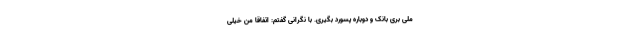
ملی بری بانک و دوباره پسورد بگیری. با نگرانی گفتم: اتفاقاً من خیلی